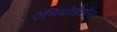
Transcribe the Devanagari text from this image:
ऐमियोडैरोन